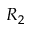
R _ { 2 }